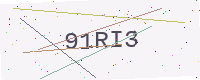
Text: 91RI3